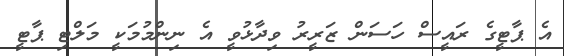
އެ ޕާޓީގެ ރައީސް ހަސަން ޒަރީރު ވިދާޅުވީ އެ ނިންމުމަކީ މަލްޓި ޕާޓީ